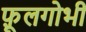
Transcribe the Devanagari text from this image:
फ़ूलगोभी